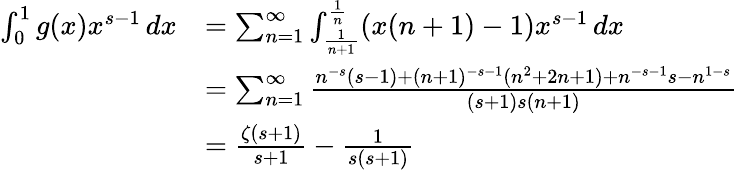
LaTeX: {\begin{array}{rl}{\int_{0}^{1}g(x)x^{s-1}\, dx}&{=\sum_{n=1}^{\infty}\int_{\frac{1}{n+1}}^{\frac{1}{n}}(x(n+1)-1)x^{s-1}\, dx}\\ &{=\sum_{n=1}^{\infty}{\frac{n^{-s}(s-1)+(n+1)^{-s-1}(n^{2}+2n+1)+n^{-s-1}s-n^{1-s}}{(s+1)s(n+1)}}}\\ &{={\frac{\zeta(s+1)}{s+1}}-{\frac{1}{s(s+1)}}}\end{array}}